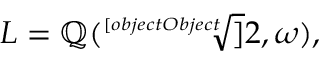
L = \mathbb { Q } ( { \sqrt [ [object Object] ] { 2 } } , \omega ) ,